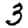
Digit: 3